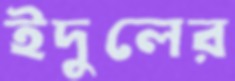
ইদুলের